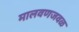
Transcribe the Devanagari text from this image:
मालवणजवळ